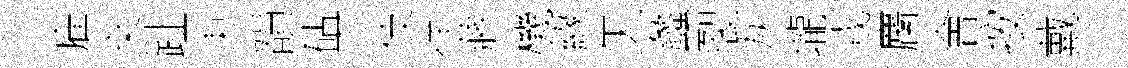
雇桒趾朿韻砧下伎徉蔣機緣矢蠡裂灰壠戎麕會按戴